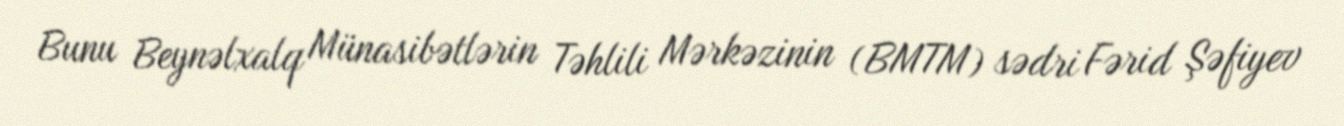
Bunu Beynəlxalq Münasibətlərin Təhlili Mərkəzinin (BMTM) sədri Fərid Şəfiyev